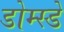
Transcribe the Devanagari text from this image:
डोम्स्डे